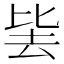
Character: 𭆛